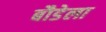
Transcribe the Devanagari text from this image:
बौडेला